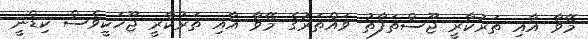
މޭވާ އާއި ތަރުކާރީ ޖޫސްތަފާތު ވައްތަރުގެ މޭވާ އާއި ތަރުކާރީ ޖޫހަކީވެސް ކިޑްނީ